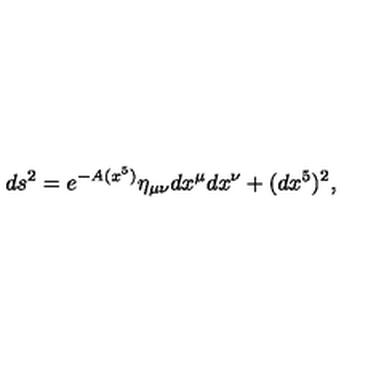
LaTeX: d s ^ { 2 } = e ^ { - A ( x ^ { 5 } ) } \eta _ { \mu \nu } d x ^ { \mu } d x ^ { \nu } + ( d x ^ { 5 } ) ^ { 2 } ,